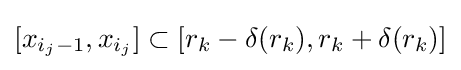
[x_{i_{j}-1},x_{i_{j}}]\subset [r_{k}-\delta (r_{k}),r_{k}+\delta (r_{k})]